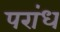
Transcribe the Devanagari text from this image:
परांध